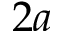
2 a